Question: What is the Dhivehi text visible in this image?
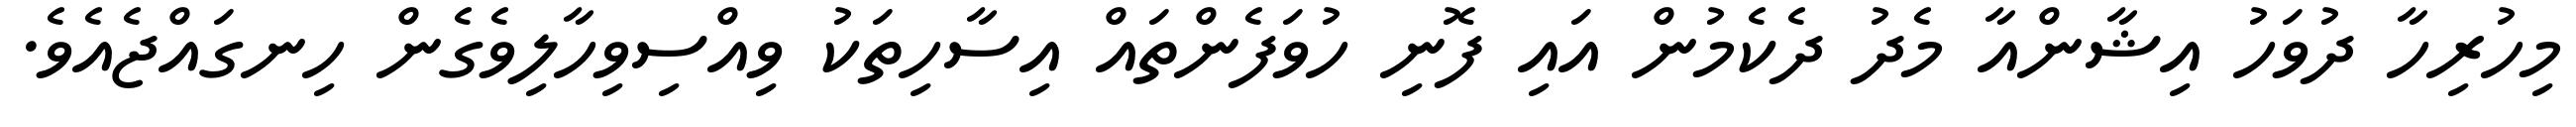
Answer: މިހުރިހާ ދުވަހު އިޝާންއާ މެދު ދެކެމުން އައި ފޮނި ހުވަފެންތައް އިސާހިތަކު ވިއްސިވިހާލިވެގެން ހިނގައްޖެއެވެ.